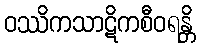
ဝဿိကသာဋိကစီဝရန္တိ